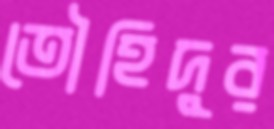
তৌহিদুর